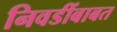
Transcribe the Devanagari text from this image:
निवडींबाबत